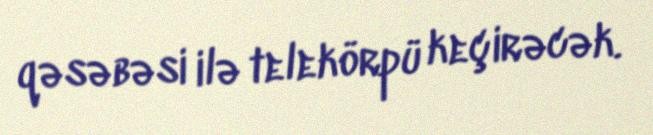
qəsəbəsi ilə telekörpü keçirəcək.